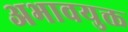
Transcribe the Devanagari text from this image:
अभावयुक्त